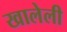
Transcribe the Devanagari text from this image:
खालेली